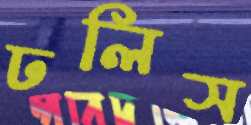
ঢলিস